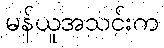
မန်ယူအသင်းက